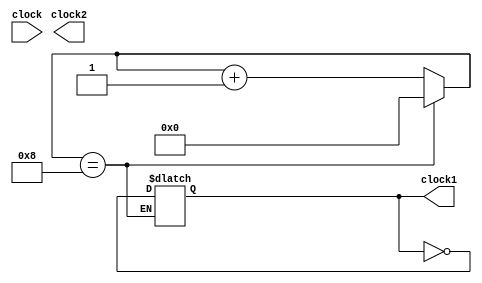
`timescale 1ns / 1ps



module clockDivide(
    input clock,
    output reg clock1,
    output reg clock2
    );

reg [3:0] counter1;

initial begin
	clock2=0;
	clock1=0;
	counter1=0;
  end
always @(clock)
  begin
  if(counter1==4'd8)
	 begin
		counter1=0;
		clock1=!clock1;
	 end
  else
    begin
      counter1=counter1+1'b1;
    end
  end

always @(clock)
  begin
    clock2=!clock2;
  end
  
endmodule